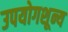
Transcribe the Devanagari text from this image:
उपयोगशून्य